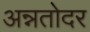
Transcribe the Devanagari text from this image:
अन्नतोदर